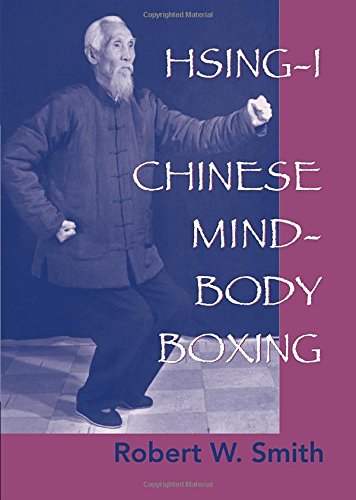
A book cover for Hsing-I: Chinese Mind-Body Boxing; Robert W. Smith; Health, Fitness & Dieting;